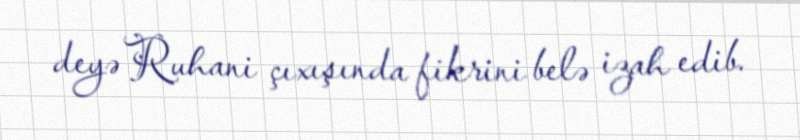
deyə Ruhani çıxışında fikrini belə izah edib.